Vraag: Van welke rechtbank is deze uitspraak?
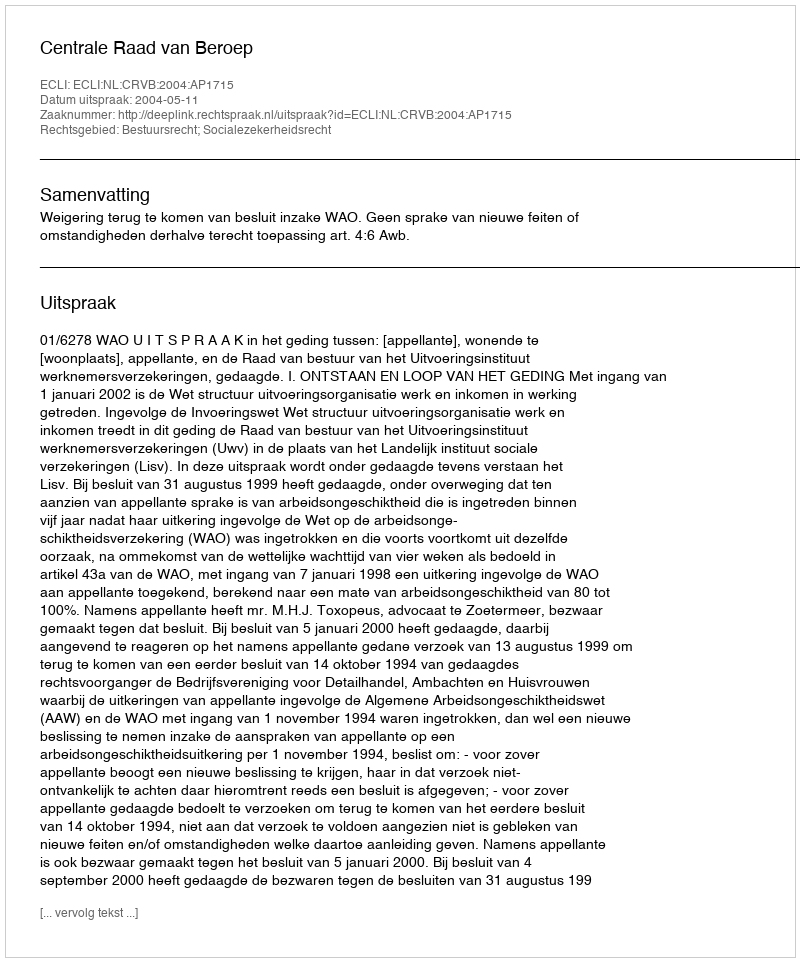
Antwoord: Centrale Raad van Beroep